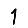
Digit: 1